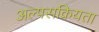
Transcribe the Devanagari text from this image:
अल्पसक्रियता